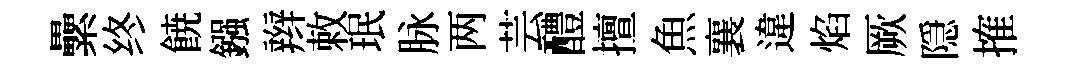
纍终𩜙鏹辫敕珉脉两芸醴擅魚襄違焰厥隠搉